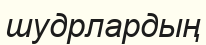
шудрлардың